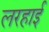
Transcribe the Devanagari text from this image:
लरहाई